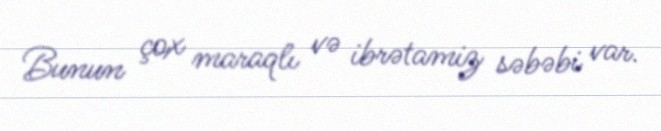
Bunun çox maraqlı və ibrətamiz səbəbi var.